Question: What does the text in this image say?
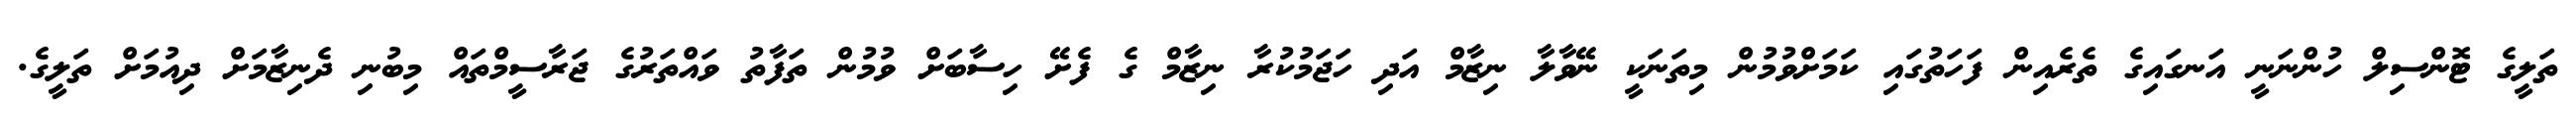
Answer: ތަލީގެ ޓޮންސިލް ހުންނަނީ އަނގައިގެ ތެރެއިން ފަހަތުގައި ކަމަށްވުމުން މިތަނަކީ ނޭވާލާ ނިޒާމް އަދި ހަޖަމުކުރާ ނިޒާމް ގެ ފެށޭ ހިސާބަށް ވުމުން ތަފާތު ވައްތަރުގެ ޖަރާސީމްތައް މިބުނި ދެނިޒާމަށް ދިއުމަށް ތަލީގެ.